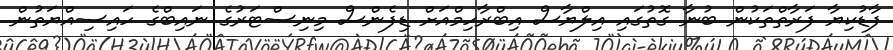
ފާޑުކިޔާ ފަރާތްތަކުން ބުނާ ގޮތުގައި އިލްޔާސް އިބްރާހިމްއަށް ޑިފެންސް މިނިސްޓަރުގެ ނައިބްގެ ހައިސިއްޔަތުން